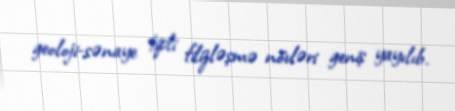
geoloji-sənaye tipli filizləşmə növləri geniş yayılıb.